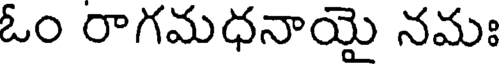
ఓం రాగమధనాయై నమః